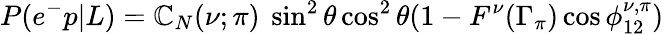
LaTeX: P(e^{-}p|L)=\mathbb{C}_{N}(\nu;\pi)\ \sin^{2}\theta\cos^{2}\theta(1-F^{\nu}(\Gamma_{\pi})\cos\phi_{12}^{\nu,\pi})